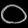
Digit: ၀